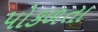
પોકળતા